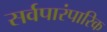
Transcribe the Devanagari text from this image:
सर्वपारंपारिक